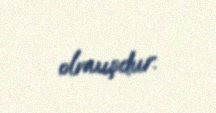
olmuşdur.